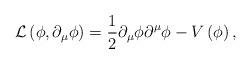
LaTeX: \begin{align*}{\cal L}\left(\phi, \partial_{\mu}\phi\right) = \frac{1}{2}\partial_{\mu}\phi\partial^{\mu}\phi - V\left(\phi\right),\end{align*}